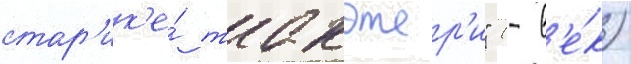
стар'ик'е́ такэтор'и" (- в'е́к)